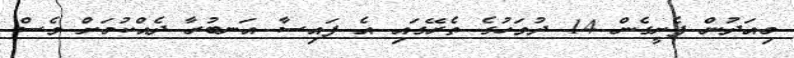
މިއަދުން ފެށީގެން 14 ދުވަހުގެ ތެރޭގައި އެ ފައިސާ އަނބުރާ ދެއްކުމަށް ވެސް